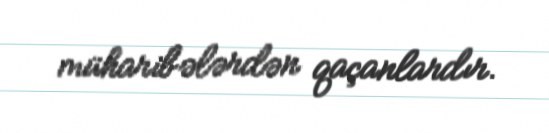
müharibələrdən qaçanlardır.